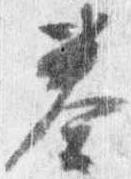
奏